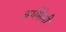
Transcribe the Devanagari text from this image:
अर्धमेली